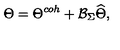
\Theta = \Theta ^ { c o h } + \mathcal { B } _ { \Sigma } \widehat { \Theta } ,